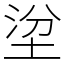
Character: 𡌂